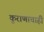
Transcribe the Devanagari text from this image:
कुराणाचाही